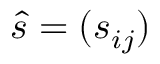
\hat { s } = ( s _ { i j } )